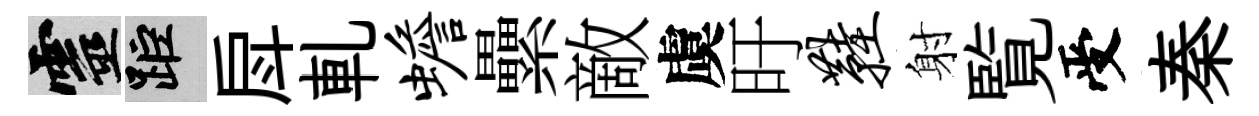
靈距戽軋蟾纍敵虞旴鞋射覧受秦